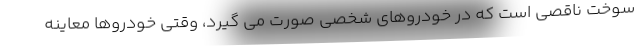
سوخت ناقصی است که در خودروهای شخصی صورت می گیرد، وقتی خودروها معاینه